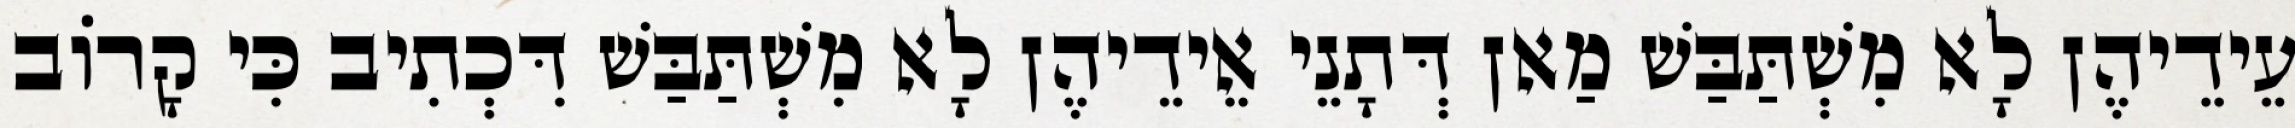
עֵידֵיהֶן לָא מִשְׁתַּבַּשׁ מַאן דְּתָנֵי אֵידֵיהֶן לָא מִשְׁתַּבַּשׁ דִּכְתִיב כִּי קָרוֹב